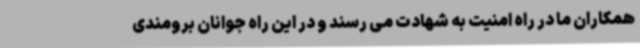
همکاران ما در راه امنیت به شهادت می رسند و در این راه جوانان برومندی